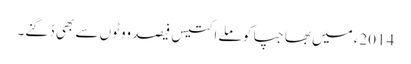
2014ء میں بھاجپا کو ملے اکتیس فیصد ووٹوں سے بھی دُگنے۔